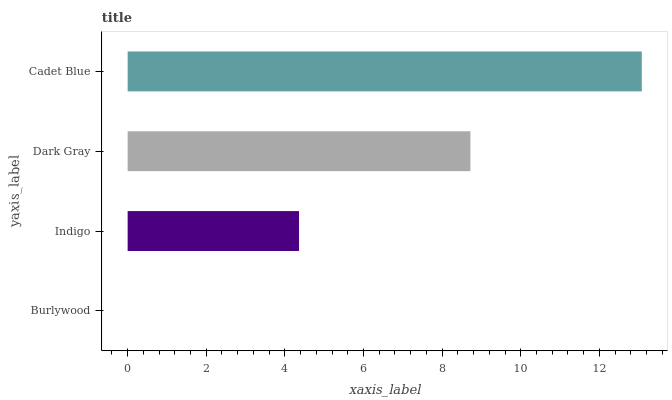
| yaxis_label | bars |
 | --- | --- |
 | Burlywood | 0 |
 | Indigo | 4.36 |
 | Dark Gray | 8.72 |
 | Cadet Blue | 13.1 |